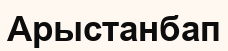
Арыстанбап